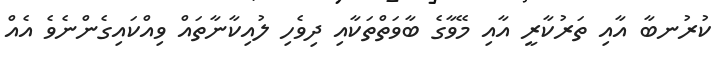
ކުރުނބާ އާއި ތަރުކާރީ އާއި މޭވާގެ ބާވަތްތަކާއި ދިވެހި ލުއިކާނާތައް ވިއްކައިގެންނެވެ އެއް